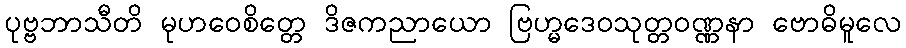
ပုဗ္ဗဘာသီတိ မုဟဝေစိတ္တေ ဒိဇကညာယော ဗြဟ္မဒေဝသုတ္တဝဏ္ဏနာ ဗောဓိမူလေ